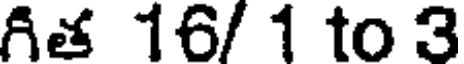
గిత 16/ 1 to 3